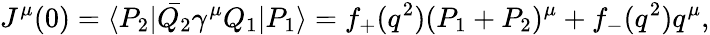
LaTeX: {}J^{\mu}(0)=\langle P_{2}|\bar{Q_{2}}\gamma^{\mu}Q_{1}|P_{1}\rangle=f_{+}(q^{2})(P_{1}+P_{2})^{\mu}+f_{-}(q^{2})q^{\mu},